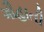
ગૌહાતી